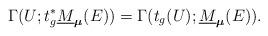
LaTeX: \begin{align*}\Gamma(U;t_g^*\underline{M}_{\boldsymbol{\mu}}(E))=\Gamma(t_g(U);\underline{M}_{\boldsymbol{\mu}}(E)).\end{align*}